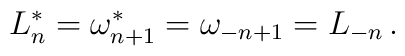
L_n^*=\omega_{n+1}^*=\omega_{-n+1}=L_{-n}\, .